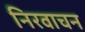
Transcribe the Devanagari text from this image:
निरवाचन